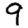
Digit: 9